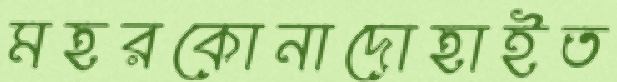
মহরকোনাদোহাইত